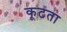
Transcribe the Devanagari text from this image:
कूटता